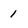
Character: 1